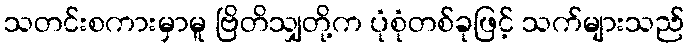
သတင်းစကားမှာမူ ဗြိတိသျှတို့က ပုံစုံတစ်ခုဖြင့် သက်များသည်